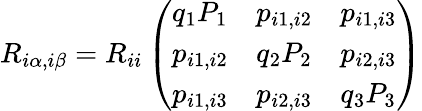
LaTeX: R_{i\alpha,i\beta}=R_{ii}\left(\begin{array}{lll}{q_{1}P_{1}}&{p_{i1,i2}}&{p_{i1,i3}}\\ {p_{i1,i2}}&{q_{2}P_{2}}&{p_{i2,i3}}\\ {p_{i1,i3}}&{p_{i2,i3}}&{q_{3}P_{3}}\end{array}\right)